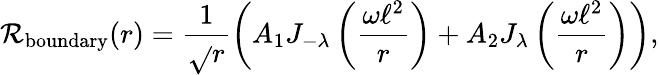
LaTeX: \mathcal{R}_{\mathrm{{boundary}}}(r)=\frac{{1}}{{\sqrt{}{{r}}}}\left(A_{\mathrm{{1}}}J_{-\lambda}\left(\frac{{\omega\ell^{2}}}{{r}}\right)+A_{\mathrm{{2}}}J_{\lambda}\left(\frac{{\omega\ell^{2}}}{{r}}\right)\right),